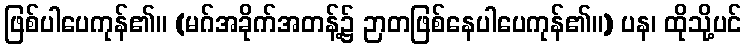
ဖြစ်ပါပေကုန်၏။ (မဂ်အခိုက်အတန့်၌ ဉာတဖြစ်နေပါပေကုန်၏။) ပန၊ ထိုသို့ပင်